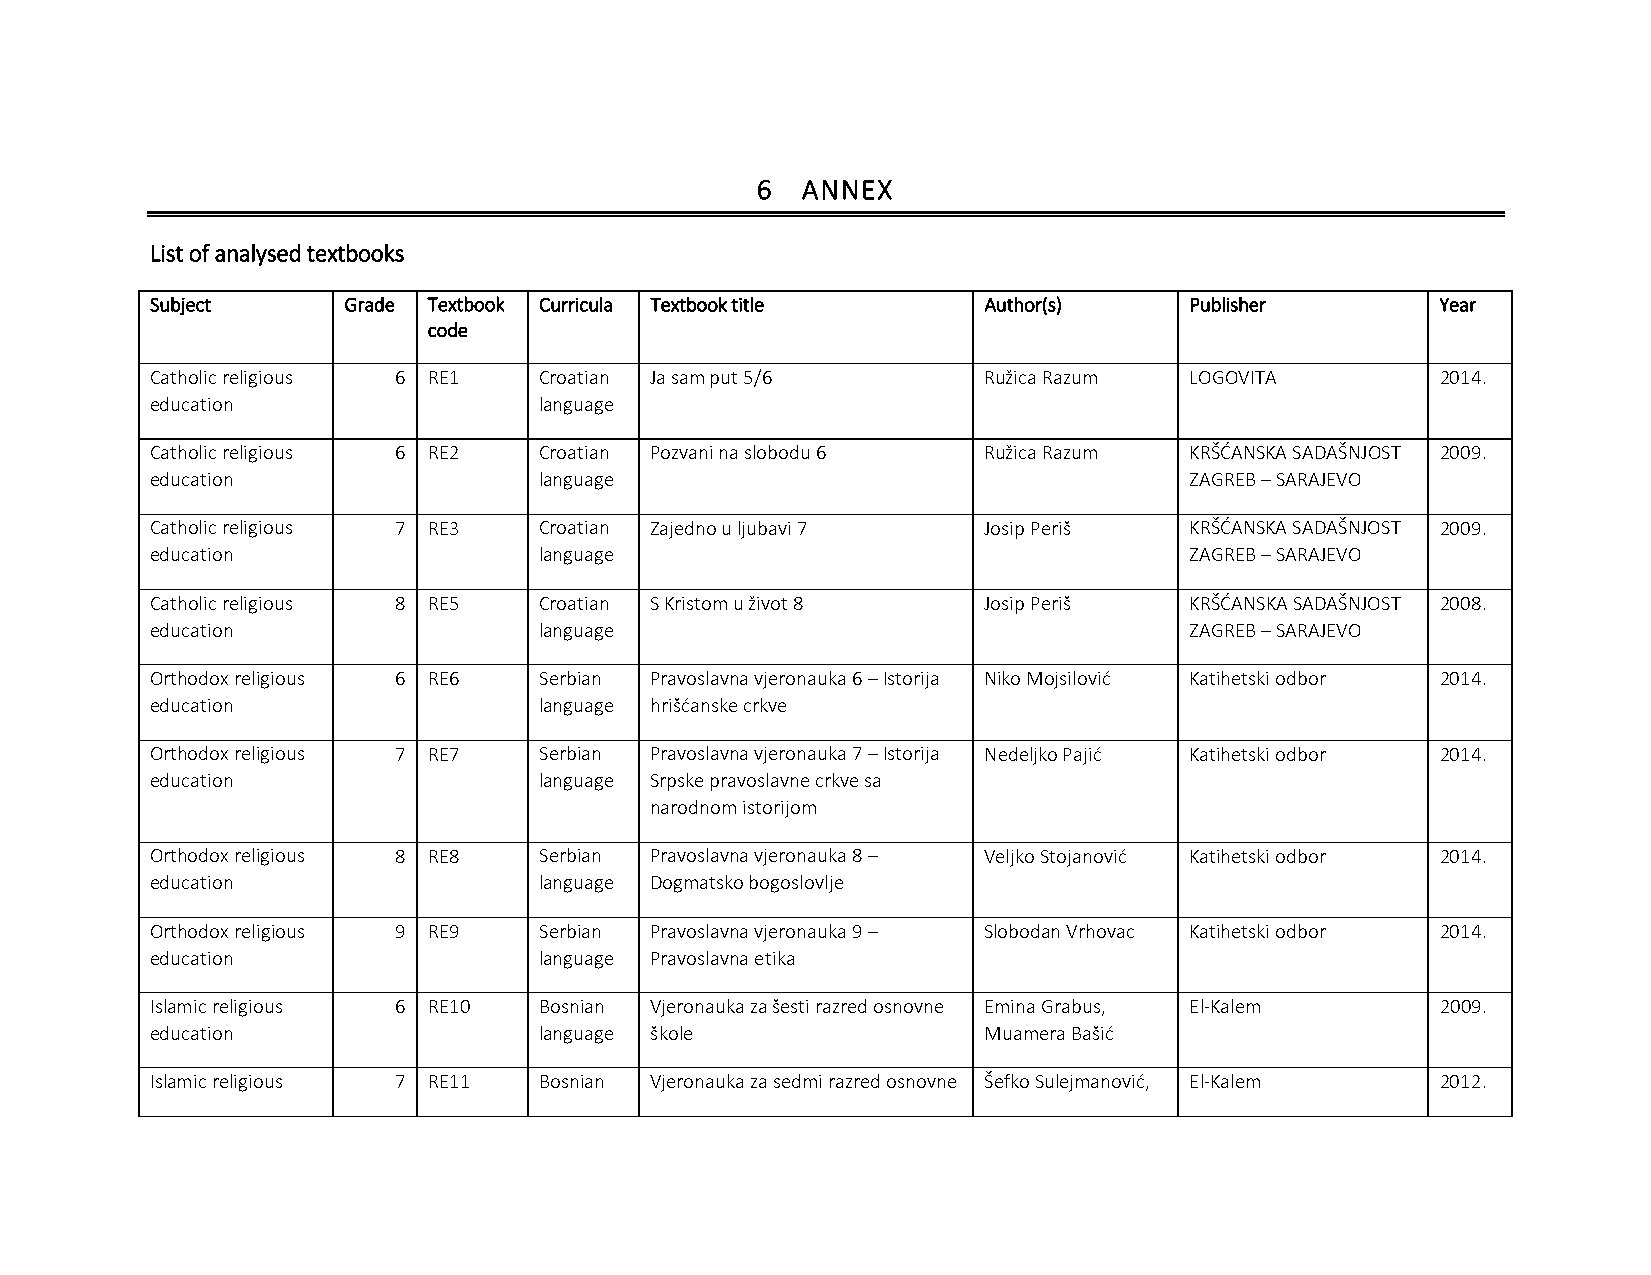
6  ANNEX
 List of analysed textbooks
 Subject      Grade Textbook Curricula Textbook title   Author(s)     Publisher       Year
 code
 Catholic religious 6 RE1  Croatian Ja sam put 5/6      Ružica Razum  LOGOVITA        2014.
 education                 language
 Catholic religious 6 RE2  Croatian Pozvani na slobodu 6 Ružica Razum KRŠĆANSKA SADAŠNJOST 2009.
 education                 language                                   ZAGREB – SARAJEVO
 Catholic religious 7 RE3  Croatian Zajedno u ljubavi 7 Josip Periš   KRŠĆANSKA SADAŠNJOST 2009.
 education                 language                                   ZAGREB – SARAJEVO
 Catholic religious 8 RE5  Croatian S Kristom u život 8 Josip Periš   KRŠĆANSKA SADAŠNJOST 2008.
 education                 language                                   ZAGREB – SARAJEVO
 Orthodox religious 6 RE6  Serbian Pravoslavna vjeronauka 6 – Istorija Niko Mojsilović Katihetski odbor 2014.
 education                 language hrišćanske crkve
 Orthodox religious 7 RE7  Serbian Pravoslavna vjeronauka 7 – Istorija Nedeljko Pajić Katihetski odbor 2014.
 education                 language Srpske pravoslavne crkve sa
 narodnom istorijom
 Orthodox religious 8 RE8  Serbian Pravoslavna vjeronauka 8 – Veljko Stojanović Katihetski odbor 2014.
 education                 language Dogmatsko bogoslovlje
 Orthodox religious 9 RE9  Serbian Pravoslavna vjeronauka 9 – Slobodan Vrhovac Katihetski odbor 2014.
 education                 language Pravoslavna etika
 Islamic religious 6 RE10  Bosnian Vjeronauka za šesti razred osnovne Emina Grabus, El-Kalem 2009.
 education                 language škole               Muamera Bašić
 Islamic religious 7 RE11  Bosnian Vjeronauka za sedmi razred osnovne Šefko Sulejmanović, El-Kalem 2012.